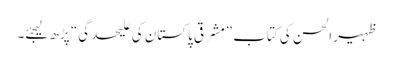
ظہیر الحسن کی کتاب ”مشرقی پاکستان کی علیحدگی“ پڑھ لیجئے۔